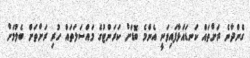
ގެންދާނެ ރަށްތައް ކަނޑައަޅާފައިވަނީ އެންމެ ބޮޑަށް ކަރަންޓުގެ މައްސަލަތައް ހުރި ރަށްތަށް ބެލުމަށް